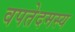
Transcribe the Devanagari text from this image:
वपतेदमस्य